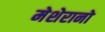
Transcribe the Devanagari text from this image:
मेशेरानो